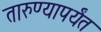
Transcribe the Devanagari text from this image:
तारुण्यापर्यंत